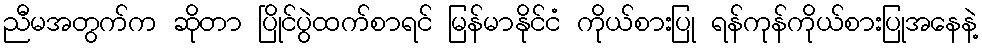
ညီမအတွက်က ဆိုတာ ပြိုင်ပွဲထက်စာရင် မြန်မာနိုင်ငံ ကိုယ်စားပြု ရန်ကုန်ကိုယ်စားပြုအနေနဲ့